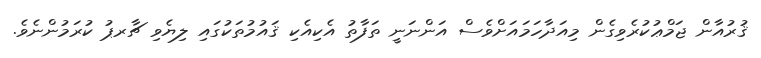
ޤުރުއާން ޖަމްޢުކުރެވިގެން މިއަދާހަމައަށްވެސް އަންނަނީ ތަފާތު އެކިއެކި ޤައުމުތަކުގައި ލިޔެވި ޗާރޕު ކުރަމުންނެވެ.